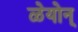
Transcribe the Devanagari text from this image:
ळेयोन्